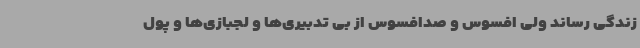
زندگی رساند ولی افسوس و صدافسوس از بی تدبیری‌ها و لجبازی‌ها و پول